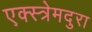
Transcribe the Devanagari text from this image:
एक्स्त्रेमदुरा